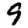
Digit: 9